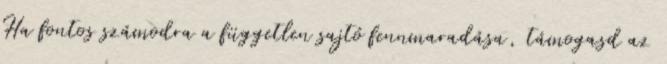
Ha fontos számodra a független sajtó fennmaradása, támogasd az